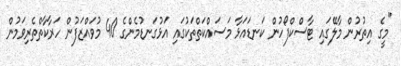
"މީގެ އިތުރުން މާލޭގައި ޓާސްކްފޯހުން ކަނޑައަޅާ މަސައްކަތްތަކުގައި އަޅުގަނޑުމެންގެ 40 މުވައްޒަފުން ހަރާކާތްތެރިވަމުން